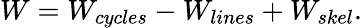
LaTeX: W=W_{cycles}-W_{lines}+W_{skel}.